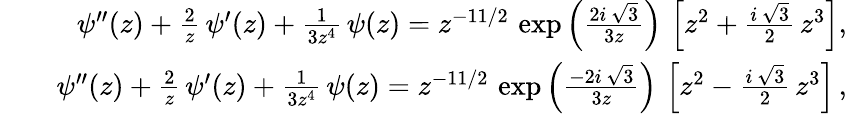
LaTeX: \begin{array}{rlr}&{}&{\psi^{\prime\prime}(z)+\frac{2}{z}\, \psi^{\prime}(z)+\frac{1}{3z^{4}}\, \psi(z)=z^{-11/2}\, \exp\left(\frac{2i\, \sqrt{3}}{3z}\right)\, \left[z^{2}+\frac{i\, \sqrt{3}}{2}\, z^{3}\right],}\\ &{}&{\psi^{\prime\prime}(z)+\frac{2}{z}\, \psi^{\prime}(z)+\frac{1}{3z^{4}}\, \psi(z)=z^{-11/2}\, \exp\left(\frac{-2i\, \sqrt{3}}{3z}\right)\, \left[z^{2}-\frac{i\, \sqrt{3}}{2}\, z^{3}\right]\, ,}\end{array}